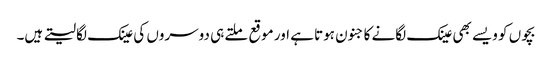
بچوں کو ویسے بھی عینک لگانے کا جنون ہوتا ہے اور موقع ملتے ہی دوسروں کی عینک لگا لیتے ہیں۔